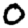
Digit: 0